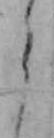
う